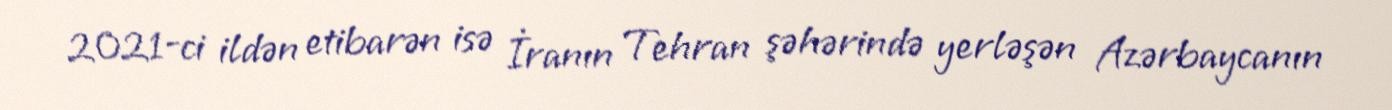
2021-ci ildən etibarən isə İranın Tehran şəhərində yerləşən Azərbaycanın